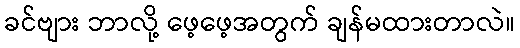
ခင်ဗျား ဘာလို့ ဖေ့ဖေ့အတွက် ချန်မထားတာလဲ။